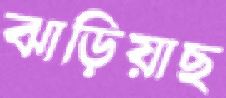
ঝাড়িয়াছ